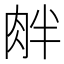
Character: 𦚓